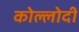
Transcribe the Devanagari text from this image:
कोल्लोदी